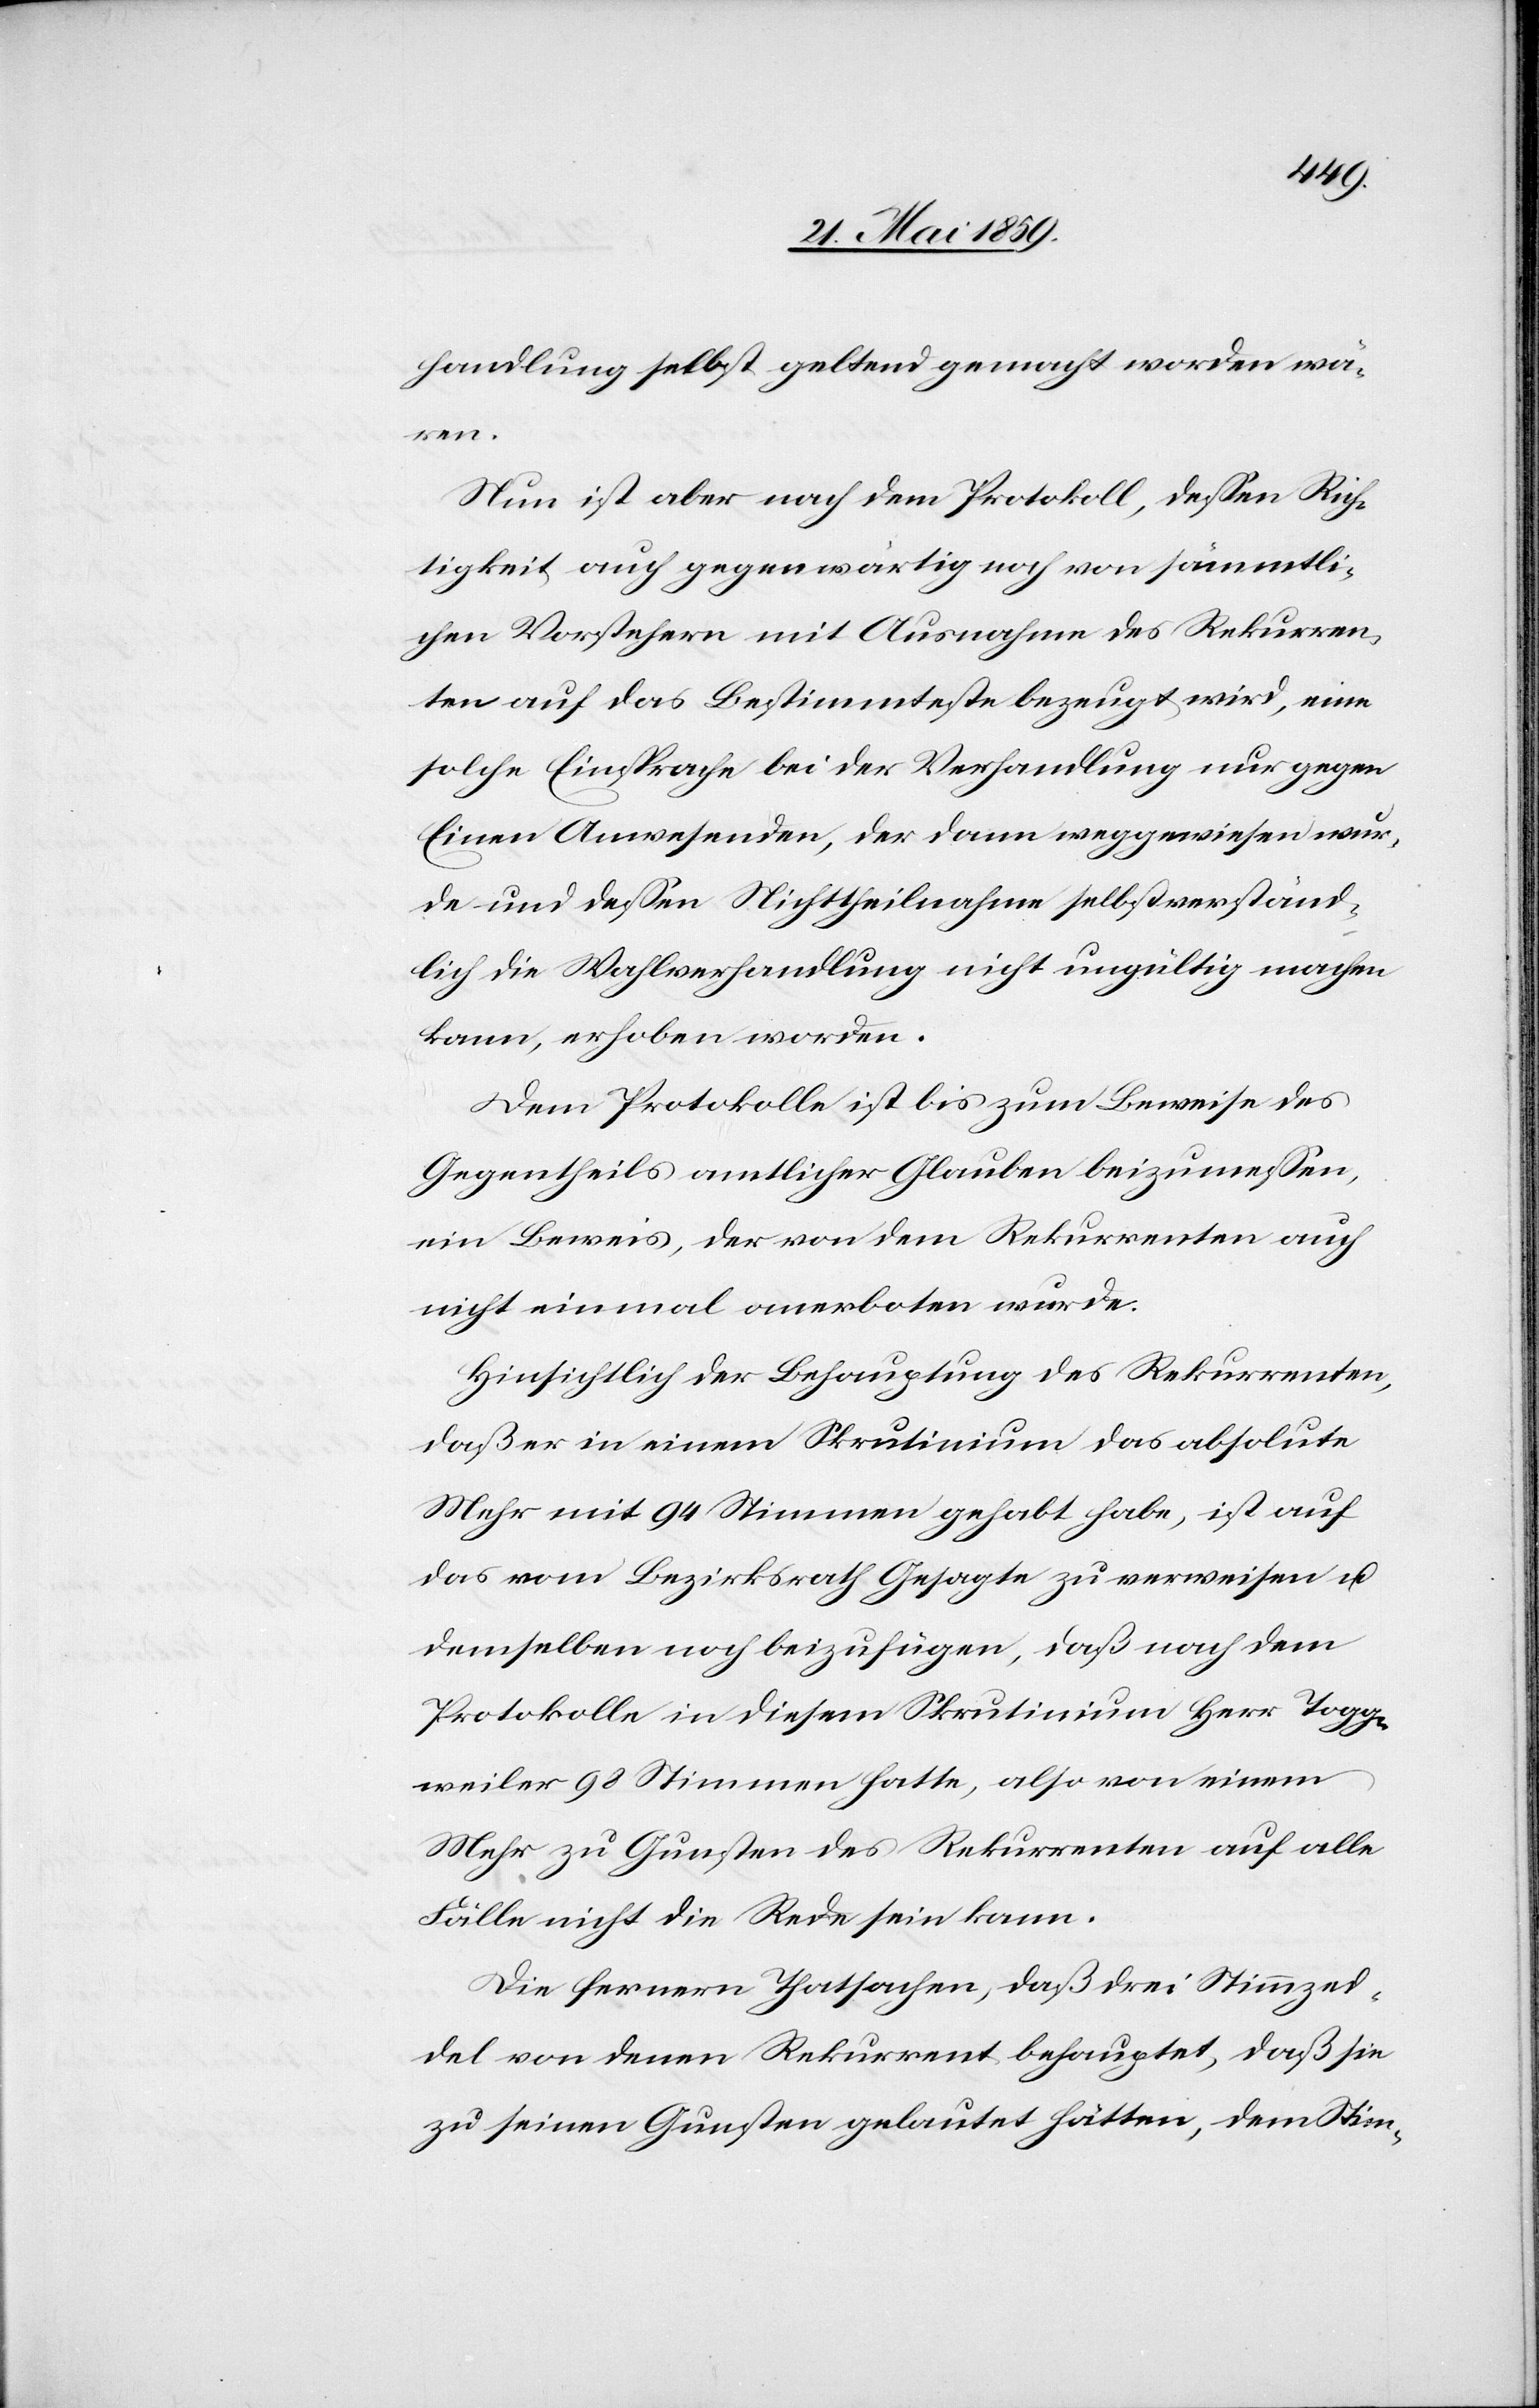
handlung selbst geltend gemacht worden wä¬
ren.
Nun ist aber nach dem Protokoll, dessen Rich¬
tigkeit auch gegenwärtig noch von sämmtli¬
chen Vorstehern mit Ausnahme des Rekurren¬
ten auf das Bestimmteste bezeugt wird, eine
solche Einsprache bei der Verhandlung nur gegen
Einen Anwesenden, der dann weggewiesen wur¬
de und dessen Nichttheilnahme selbstverständ¬
lich die Wahlverhandlung nicht ungültig machen
kann, erhoben worden.
Dem Protokolle ist bis zum Beweise des
Gegentheils amtlicher Glauben beizumessen,
ein Beweis, der von dem Rekurrenten auch
nicht einmal anerboten wurde.
Hinsichtlich der Behauptung des Rekurrenten,
daß er in einem Skrutinium das absolute
Mehr mit 94 Stimmen gehabt habe, ist auf
das vom Bezirksrath Gesagte zu verweisen u.
demselben noch beizufügen, daß nach dem
Protokolle in diesem Skrutinium Herr Togg¬
weiler 98 Stimmen hatte, also von einem
Mehr zu Gunsten des Rekurrenten auf alle
Fälle nicht die Rede sein kann.
Die fernern Thatsachen, daß drei Stimmzed¬
del von denen Rekurrent behauptet, daß sie
zu seinen Gunsten gelautet hätten, dem Stim-